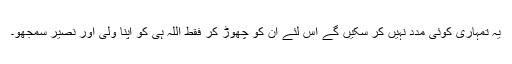
یہ تمہاری کوئی مدد نہیں کر سکیں گے اس لئے ان کو چھوڑ کر فقط اللہ ہی کو اپنا ولی اور نصیر سمجھو۔